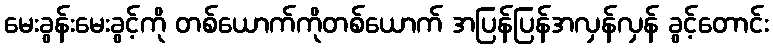
မေးခွန်းမေးခွင့်ကို တစ်ယောက်ကိုတစ်ယောက် အပြန်ပြန်အလှန်လှန် ခွင့်တောင်း